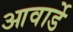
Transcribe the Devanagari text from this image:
आवार्डे